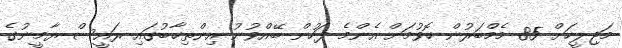
މަޖިލީހަށް 85 މެމްބަރުން ހޮވުމަށް އެންމެ ފަހުން ބޭއްވުނު އިންތިޚާބުގައި ރައީސް ޔާމީނުގެ